Vaccination in Bombay 1924-1928 - 1924-1928
Year: 1924
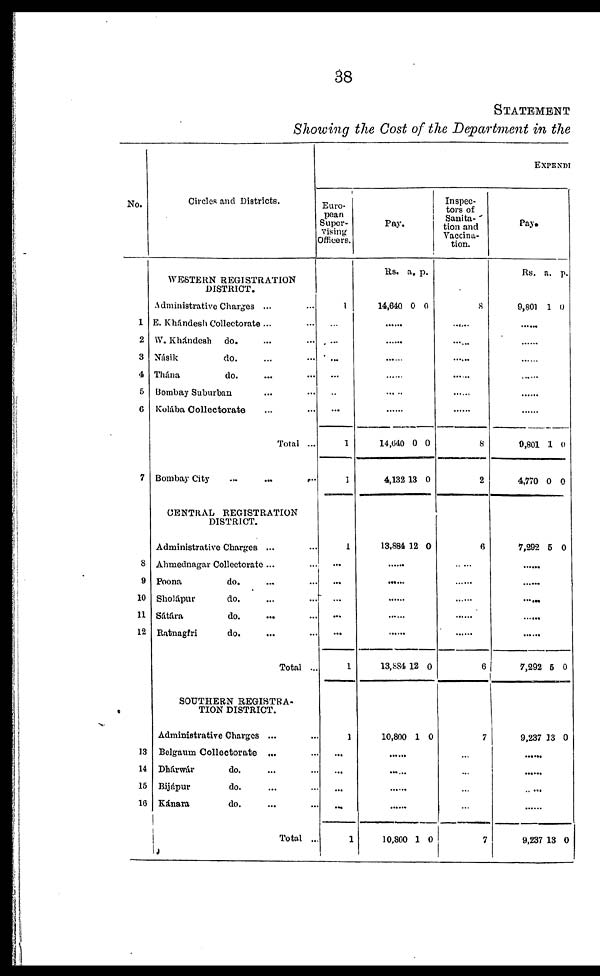
38
STATEMENT
Showing the Cost of the Department in the
No.
1
2
3
4
5
6
7
8
9
10
11
12
13
14
15
16
Circles and Districts.
WESTERN REGISTRATION
DISTRICT.
Administrative Charges ... ...
E. Khándesh Collectorate ... ...
W. Khándesh do. ... ...
Násik
do. ... ...
Thána
do. ... ...
Bombay Suburban ... ...
Kulába Collectorate ... ...
Total ...
Bombay City
...
...
...
CENTRAL REGISTRATION
DISTRICT.
Administrative Charges ... ...
Ahmednagar Collectorate ...
Poona
do. ... ...
Sholápur
do. ... ...
Sátára
do. ... ...
Ratnagiri
do. ... ...
Total ...
SOUTHERN REGISTRA¬
TION DISTRICT.
Administrative Charges ... ...
Belgaum Collectorate ... ...
Dhárwár
do. ... ...
Bijápur
do. ... ...
Kánara
do. ... ...
Total ...
EXPENDI
Euro-
pean
Super-
vising
Officers.
1
...
...
...
...
...
...
1
1
1
...
...
...
...
...
1
1
...
...
...
...
1
Pay.
Rs.
14,640
a.
0
p.
0
......
......
......
......
......
......
14,640
4,132
0
13
0
0
13,884 12 0
......
......
......
......
......
13,884 12 0
10,800 1 0
......
......
......
......
10,800 1 0
Inspec-
tors of
Sanita-
tion and
Vaccina-
tion.
8
......
......
......
......
......
......
8
2
6
......
......
......
......
......
6
7
...
...
...
...
7
Pay.
Rs.
9,801
a.
1
p.
0
......
......
......
......
......
......
9,801
4,770
1
0
0
0
7,292 5 0
......
......
......
7,292 5 0
9,237 13 0
......
......
......
......
9,237 13 0